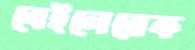
বেইলেরেক